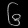
Digit: ၆